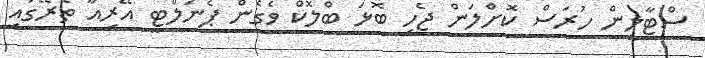
ސްޓާލިން ހުރަސް ކޮށްލަން ޖެހި ބޮޅަ ބްލޮކް ވެގެން ޕެނަލްޓީ އޭރިއާ ތެރޭގައި